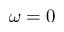
\omega = 0